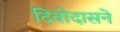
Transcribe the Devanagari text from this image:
दिवोदासने